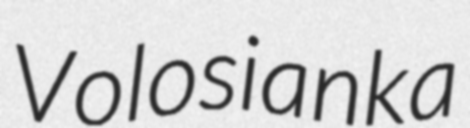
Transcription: Volosianka